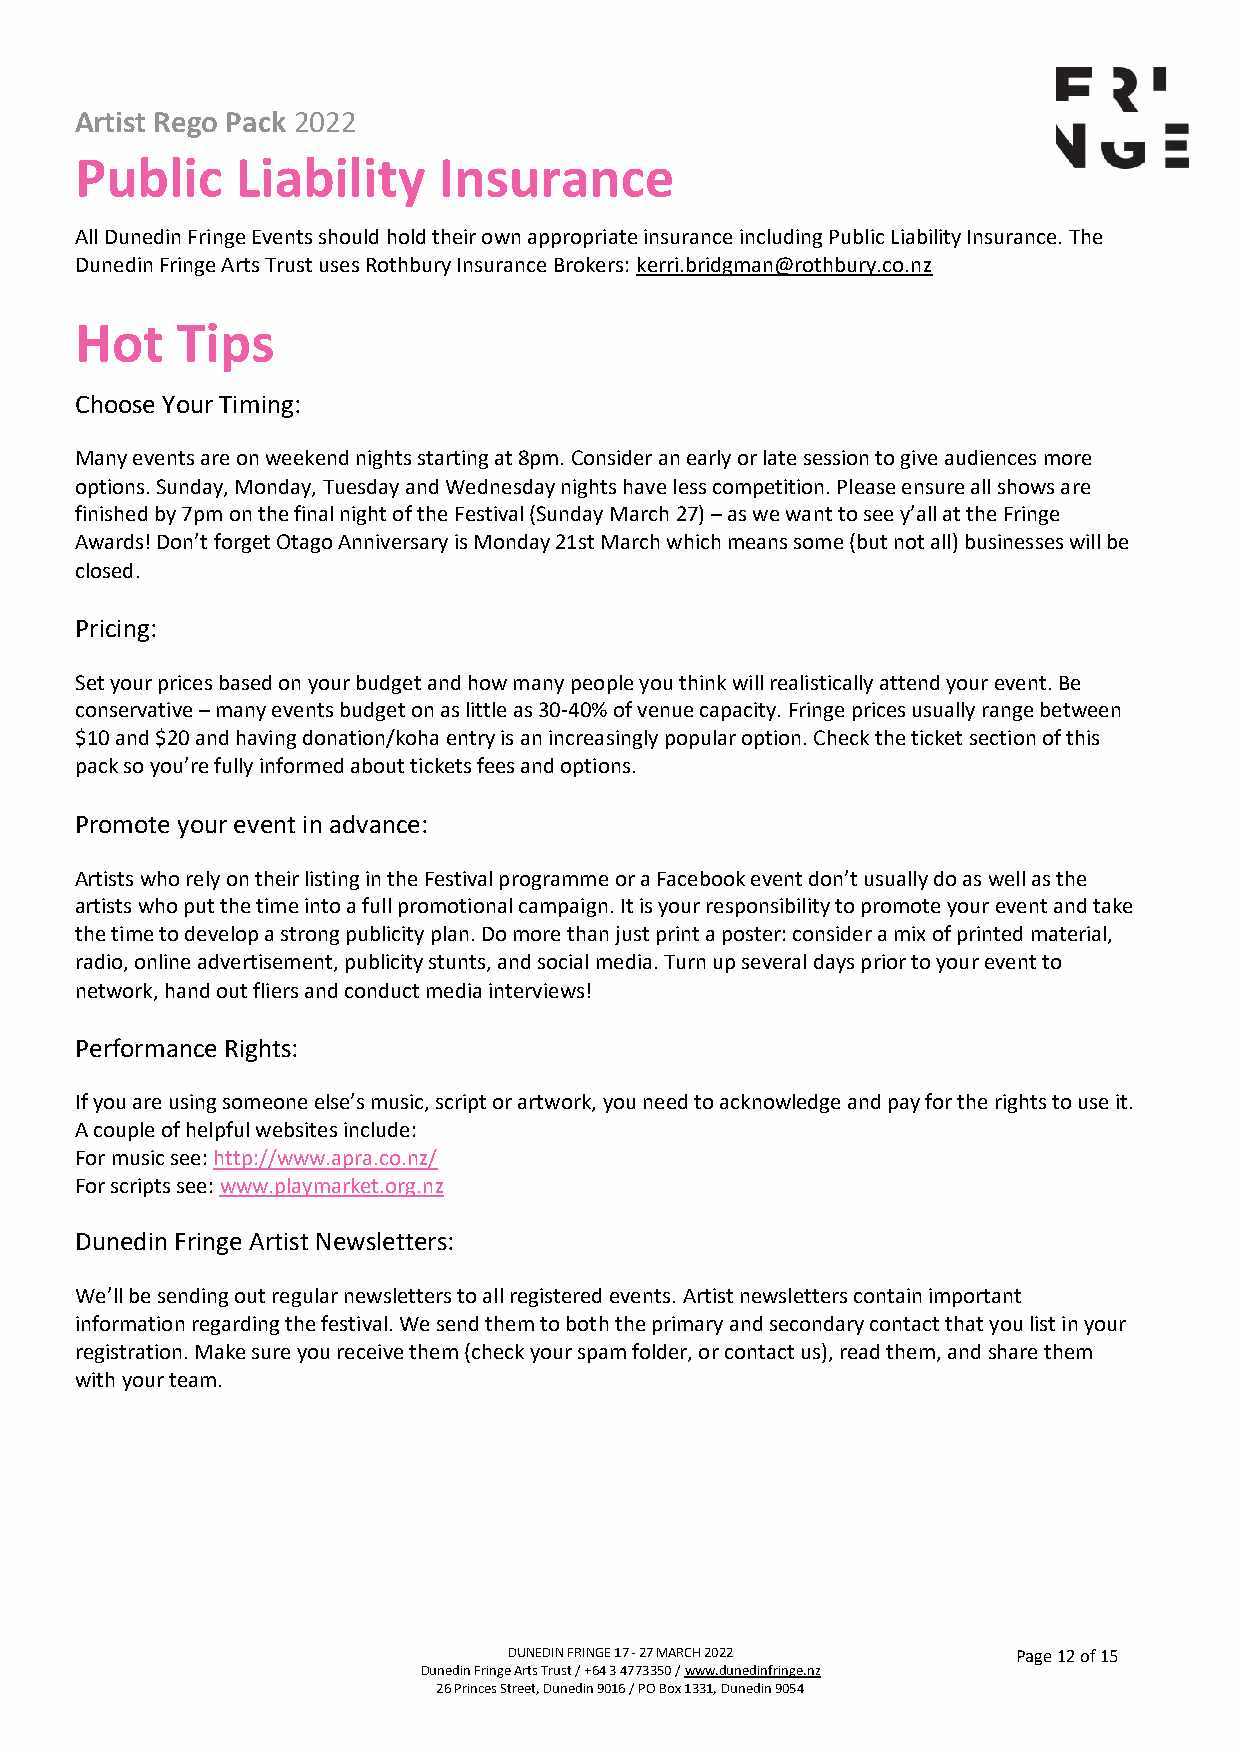
Artist Rego Pack 2022
 Public     Liability    Insurance
 All Dunedin Fringe Events should hold their own appropriate insurance including Public Liability Insurance. The
 Dunedin Fringe Arts Trust uses Rothbury Insurance Brokers: kerri.bridgman@rothbury.co.nz
 Hot    Tips
 Choose Your Timing:
 Many events are on weekend nights starting at 8pm. Consider an early or late session to give audiences more
 options. Sunday, Monday, Tuesday and Wednesday nights have less competition. Please ensure all shows are
 finished by 7pm on the final night of the Festival (Sunday March 27) – as we want to see y’all at the Fringe
 Awards! Don’t forget Otago Anniversary is Monday 21st March which means some (but not all) businesses will be
 closed.
 Pricing:
 Set your prices based on your budget and how many people you think will realistically attend your event. Be
 conservative – many events budget on as little as 30-40% of venue capacity. Fringe prices usually range between
 $10 and $20 and having donation/koha entry is an increasingly popular option. Check the ticket section of this
 pack so you’re fully informed about tickets fees and options.
 Promote your event in advance:
 Artists who rely on their listing in the Festival programme or a Facebook event don’t usually do as well as the
 artists who put the time into a full promotional campaign. It is your responsibility to promote your event and take
 the time to develop a strong publicity plan. Do more than just print a poster: consider a mix of printed material,
 radio, online advertisement, publicity stunts, and social media. Turn up several days prior to your event to
 network, hand out fliers and conduct media interviews!
 Performance Rights:
 If you are using someone else’s music, script or artwork, you need to acknowledge and pay for the rights to use it.
 A couple of helpful websites include:
 For music see: http://www.apra.co.nz/
 For scripts see: www.playmarket.org.nz
 Dunedin Fringe Artist Newsletters:
 We’ll be sending out regular newsletters to all registered events. Artist newsletters contain important
 information regarding the festival. We send them to both the primary and secondary contact that you list in your
 registration. Make sure you receive them (check your spam folder, or contact us), read them, and share them
 with your team.
 DUNEDIN FRINGE 17 - 27 MARCH 2022 Page 12 of 15
 Dunedin Fringe Arts Trust / +64 3 4773350 / www.dunedinfringe.nz
 26 Princes Street, Dunedin 9016 / PO Box 1331, Dunedin 9054